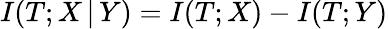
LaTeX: I(T;X\, |\, Y)=I(T;X)-I(T;Y)